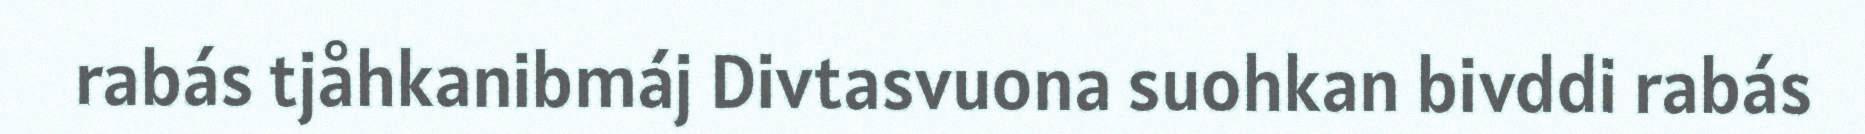
rabás tjåhkanibmáj Divtasvuona suohkan bivddi rabás